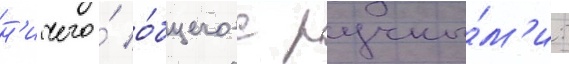
н'ичего́ о́бщего с ручны́м'и: